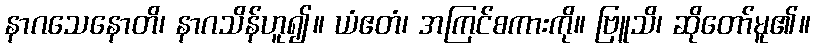
နာဂသေနောတိ၊ နာဂသိန်ဟူ၍။ ယံဧတံ၊ အကြင်စကားကို။ ဗြူသိ၊ ဆိုတော်မူ၏။